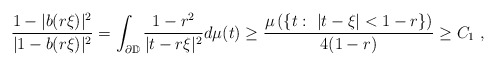
\begin{align*} \frac{1-|b(r\xi)|^2}{|1-b(r\xi)|^2}=\int_{\partial \mathbb{D}} \frac{1-r^2}{|t-r\xi|^2}d\mu(t)\geq \frac{\mu\left(\{ t:\ |t-\xi|<1-r\}\right)}{4(1-r)}\geq C_1\ ,\end{align*}